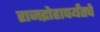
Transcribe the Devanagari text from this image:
राजद्रोहापर्यंतचे